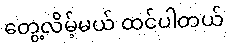
တွေ့လိမ့်မယ် ထင်ပါတယ်